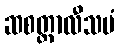
ဆစတ္တာလီသမံ